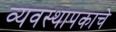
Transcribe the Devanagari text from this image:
व्यवस्थापकाचे